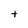
Character: t